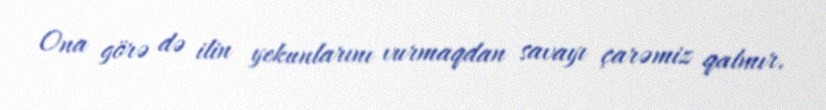
Ona görə də ilin yekunlarını vurmaqdan savayı çarəmiz qalmır.